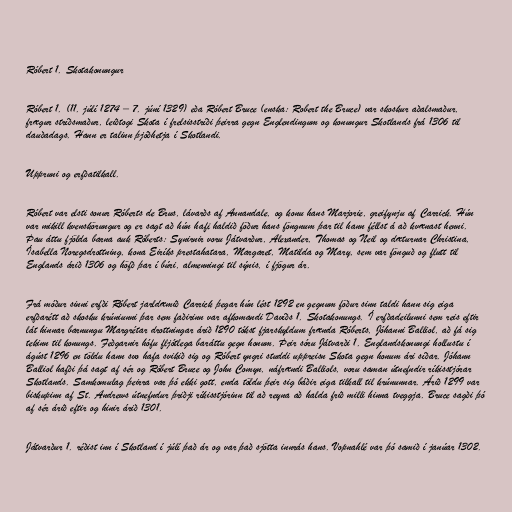
Róbert 1. Skotakonungur

Róbert 1. (11. júlí 1274 – 7. júní 1329) eða Róbert Bruce (enska: Robert the Bruce) var skoskur aðalsmaður,
frægur stríðsmaður, leiðtogi Skota í frelsisstríði þeirra gegn Englendingum og konungur Skotlands frá 1306 til
dauðadags. Hann er talinn þjóðhetja í Skotlandi.

Uppruni og erfðatilkall.

Róbert var elsti sonur Róberts de Brus, lávarðs af Annandale, og konu hans Marjorie, greifynju af Carrick. Hún
var mikill kvenskörungur og er sagt að hún hafi haldið föður hans föngnum þar til hann féllst á að kvænast henni.
Þau áttu fjölda barna auk Róberts: Synirnir voru Játvarður, Alexander, Thomas og Neil og dæturnar Christina,
Ísabella Noregsdrottning, kona Eiríks prestahatara, Margaret, Matilda og Mary, sem var fönguð og flutt til
Englands árið 1306 og höfð þar í búri, almenningi til sýnis, í fjögur ár.

Frá móður sinni erfði Róbert jarldæmið Carrick þegar hún lést 1292 en gegnum föður sinn taldi hann sig eiga
erfðarétt að skosku krúniunni þar sem faðirinn var afkomandi Davíðs 1. Skotakonungs. Í erfðadeilunni sem reis eftir
lát hinnar barnungu Margrétar drottningar árið 1290 tókst fjarskyldum frænda Róberts, Jóhanni Balliol, að fá sig
tekinn til konungs. Feðgarnir hófu fljótlega baráttu gegn honum. Þeir sóru Játvarði 1. Englandskonungi hollustu í
ágúst 1296 en töldu hann svo hafa svikið sig og Róbert yngri studdi uppreisn Skota gegn honum ári síðar. Jóhann
Balliol hafði þá sagt af sér og Róbert Bruce og John Comyn, náfrændi Balliols, voru saman útnefndir ríkisstjórar
Skotlands. Samkomulag þeirra var þó ekki gott, enda töldu þeir sig báðir eiga tilkall til krúnunnar. Árið 1299 var
biskupinn af St. Andrews útnefndur þriðji ríkisstjórinn til að reyna að halda frið milli hinna tveggja. Bruce sagði þó
af sér árið eftir og hinir árið 1301.

Játvarður 1. réðist inn í Skotland í júlí það ár og var það sjötta innrás hans. Vopnahlé var þó samið í janúar 1302.